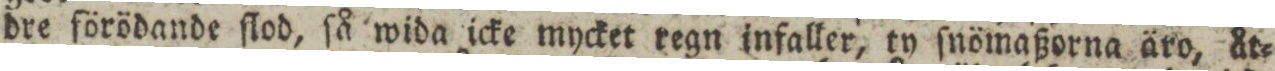
dre förödande ſlod, ſå wida icke mycket regn infaller, ty ſnömaßorna äro, åt=